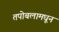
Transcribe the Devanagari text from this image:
तपोबलामधून